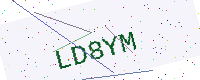
Text: LD8YM